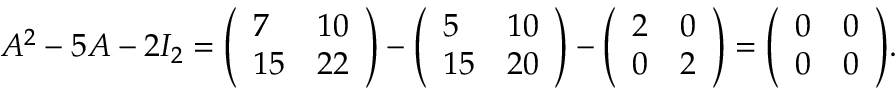
A ^ { 2 } - 5 A - 2 I _ { 2 } = { \left( \begin{array} { l l } { 7 } & { 1 0 } \\ { 1 5 } & { 2 2 } \end{array} \right) } - { \left( \begin{array} { l l } { 5 } & { 1 0 } \\ { 1 5 } & { 2 0 } \end{array} \right) } - { \left( \begin{array} { l l } { 2 } & { 0 } \\ { 0 } & { 2 } \end{array} \right) } = { \left( \begin{array} { l l } { 0 } & { 0 } \\ { 0 } & { 0 } \end{array} \right) } .